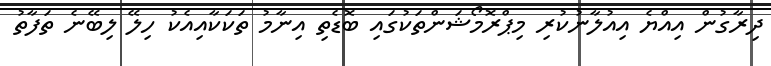
ދިރާގުން އިއްޔެ އިއުލާނުކުރި މިޕްރޮމޯޝަންތަކުގައި ބޮޑެތި އިނާމު ތަކަކާއިއެކު ހިލޭ ލިބޭނެ ތަފާތު